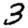
Digit: 3